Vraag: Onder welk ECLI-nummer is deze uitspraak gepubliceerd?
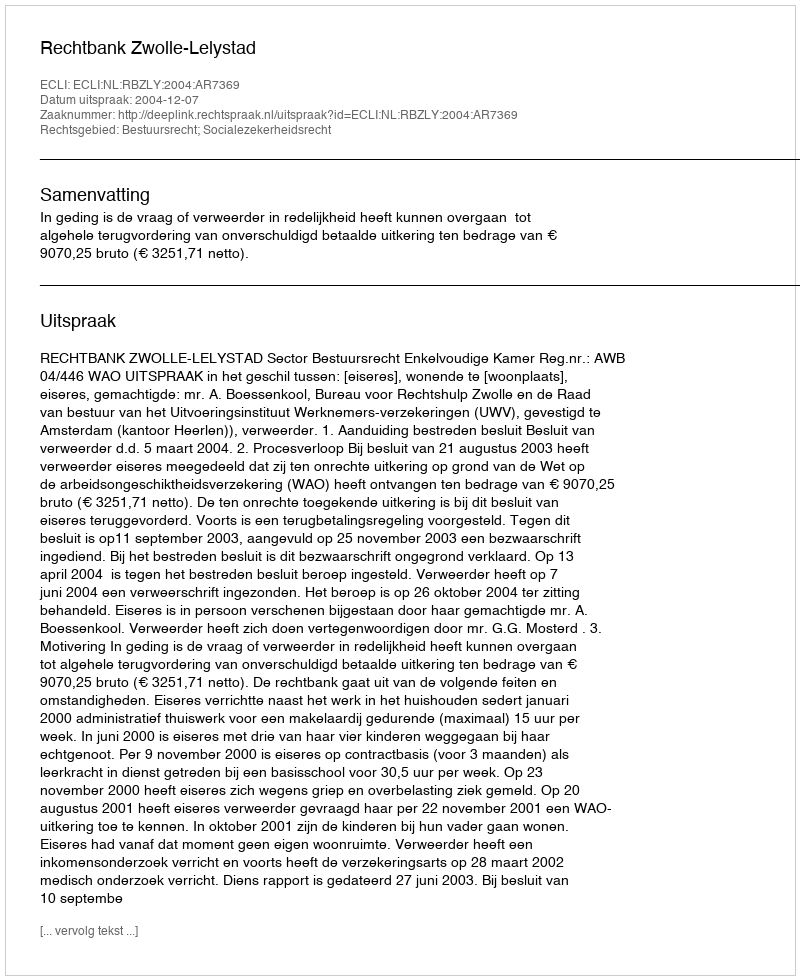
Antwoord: ECLI:NL:RBZLY:2004:AR7369